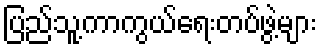
ပြည်သူ့ကာကွယ်ရေးတပ်ဖွဲ့များ